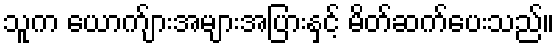
သူက ယောက်ျားအများအပြားနှင့် မိတ်ဆက်ပေးသည်။